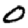
Digit: 0